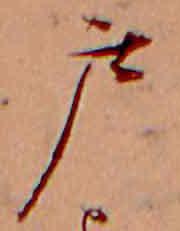
戸